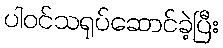
ပါဝင်သရုပ်ဆောင်ခဲ့ပြီး